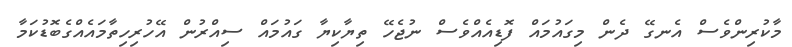
މާކުރިންވެސް އެނގޭ ދެން މިގައުމައް ފޮޑިއެއްވެސް ނުޖެހޭ ތިޔާކިޔާ ގައުމައް ސިއްރުން އޭހުރިހިތާމައެއްގެބޮޑުކަމާ